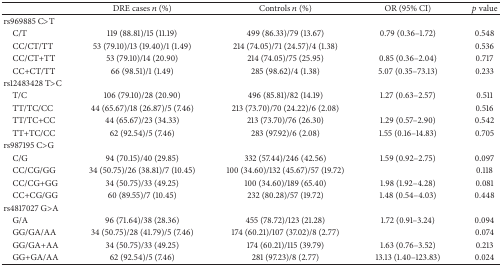
<table><thead><tr><td><b> </b></td><td><b>DRE cases <i>n</i> (%)</b></td><td><b>Controls <i>n</i> (%)</b></td><td><b>OR (95% CI)</b></td><td><b><i>p</i> value</b></td></tr></thead><tbody><tr><td>rs969885 C&gt;T</td><td> </td><td> </td><td> </td><td> </td></tr><tr><td> C/T</td><td>119 (88.81)/15 (11.19)</td><td>499 (86.33)/79 (13.67)</td><td>0.79 (0.36–1.72)</td><td>0.548</td></tr><tr><td> CC/CT/TT</td><td>53 (79.10)/13 (19.40)/1 (1.49)</td><td>214 (74.05)/71 (24.57)/4 (1.38)</td><td> </td><td>0.536</td></tr><tr><td> CC/CT+TT</td><td>53 (79.10)/14 (20.90)</td><td>214 (74.05)/75 (25.95)</td><td>0.85 (0.36–2.04)</td><td>0.717</td></tr><tr><td> CC+CT/TT</td><td>66 (98.51)/1 (1.49)</td><td>285 (98.62)/4 (1.38)</td><td>5.07 (0.35–73.13)</td><td>0.233</td></tr><tr><td>rs12483428 T&gt;C</td><td> </td><td> </td><td> </td><td> </td></tr><tr><td> T/C</td><td>106 (79.10)/28 (20.90)</td><td>496 (85.81)/82 (14.19)</td><td>1.27 (0.63–2.57)</td><td>0.511</td></tr><tr><td> TT/TC/CC</td><td>44 (65.67)/18 (26.87)/5 (7.46)</td><td>213 (73.70)/70 (24.22)/6 (2.08)</td><td> </td><td>0.516</td></tr><tr><td> TT/TC+CC</td><td>44 (65.67)/23 (34.33)</td><td>213 (73.70)/76 (26.30)</td><td>1.29 (0.57–2.90)</td><td>0.542</td></tr><tr><td> TT+TC/CC</td><td>62 (92.54)/5 (7.46)</td><td>283 (97.92)/6 (2.08)</td><td>1.55 (0.16–14.83)</td><td>0.705</td></tr><tr><td>rs987195 C&gt;G</td><td> </td><td> </td><td> </td><td> </td></tr><tr><td> C/G</td><td>94 (70.15)/40 (29.85)</td><td>332 (57.44)/246 (42.56)</td><td>1.59 (0.92–2.75)</td><td>0.097</td></tr><tr><td> CC/CG/GG</td><td>34 (50.75)/26 (38.81)/7 (10.45)</td><td>100 (34.60)/132 (45.67)/57 (19.72)</td><td> </td><td>0.118</td></tr><tr><td> CC/CG+GG</td><td>34 (50.75)/33 (49.25)</td><td>100 (34.60)/189 (65.40)</td><td>1.98 (1.92–4.28)</td><td>0.081</td></tr><tr><td> CC+CG/GG</td><td>60 (89.55)/7 (10.45)</td><td>232 (80.28)/57 (19.72)</td><td>1.48 (0.54–4.03)</td><td>0.448</td></tr><tr><td>rs4817027 G&gt;A</td><td> </td><td> </td><td> </td><td> </td></tr><tr><td> G/A</td><td>96 (71.64)/38 (28.36)</td><td>455 (78.72)/123 (21.28)</td><td>1.72 (0.91–3.24)</td><td>0.094</td></tr><tr><td> GG/GA/AA</td><td>34 (50.75)/28 (41.79)/5 (7.46)</td><td>174 (60.21)/107 (37.02)/8 (2.77)</td><td> </td><td>0.074</td></tr><tr><td> GG/GA+AA</td><td>34 (50.75)/33 (49.25)</td><td>174 (60.21)/115 (39.79)</td><td>1.63 (0.76–3.52)</td><td>0.213</td></tr><tr><td> GG+GA/AA</td><td>62 (92.54)/5 (7.46)</td><td>281 (97.23)/8 (2.77)</td><td>13.13 (1.40–123.83)</td><td>0.024</td></tr></tbody></table>